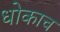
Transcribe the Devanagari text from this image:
धोकाच